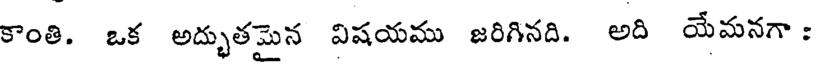
కాంతి. ఒక అద్భుతమైన విషయము జరిగినది. అది యేమనగా :